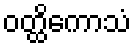
ဝတ္ထိကောသံ